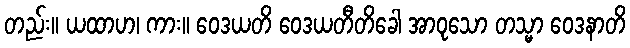
တည်း။ ယထာဟ၊ ကား။ ဝေဒယတိ ဝေဒယတီတိခေါ အာဝုသော တသ္မာ ဝေဒနာတိ